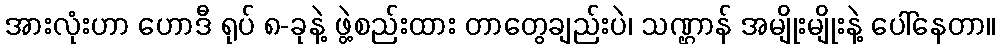
အားလုံးဟာ ဟောဒီ ရုပ် ၈-ခုနဲ့ ဖွဲ့စည်းထား တာတွေချည်းပဲ၊ သဏ္ဌာန် အမျိုးမျိုးနဲ့ ပေါ်နေတာ။